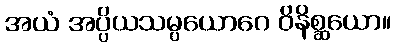
အယံ အပ္ပိယသမ္ပယောဂေ ဝိနိစ္ဆယော။